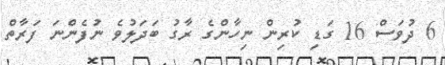
6 ދުވަސް 16 ގަޑި ކުރިން ނިހާންގެ ރާގު ބަދަލުވެ ނުފެންނަ ފަރާތް